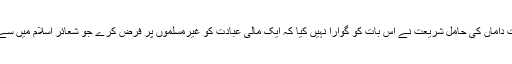
وسعتِ داماں کی حامل شریعت نے اس بات کو گوارا نہیں کیا کہ ایک مالی عبادت کو غیرمسلموں پر فرض کرے جو شعائر اسلام میں سے ہے۔